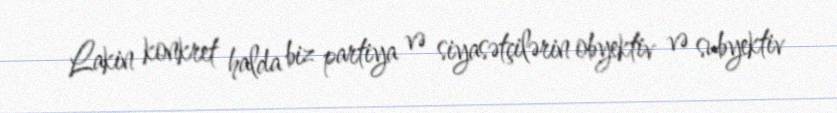
Lakin konkret halda biz partiya və siyasətçilərin obyektiv və subyektiv